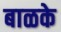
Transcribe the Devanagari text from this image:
बाळके